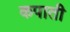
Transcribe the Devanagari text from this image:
कपाती